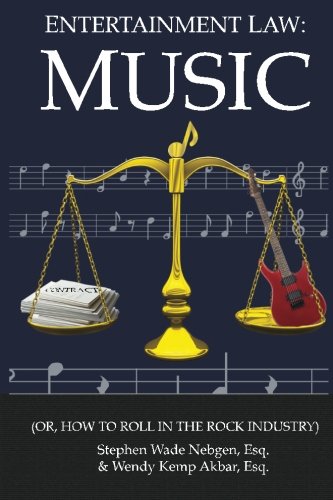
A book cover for Entertainment Law: Music: (Or, How to Roll in the Rock Industry) (Volume 1); Stephen Wade Nebgen Esq.; Law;